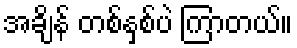
အချိန် တစ်နှစ်ပဲ ကြာတယ်။